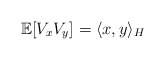
\begin{align*}\mathbb{E}[V_xV_y] = \langle x,y\rangle_H\end{align*}